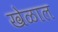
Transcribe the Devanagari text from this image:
खेळाल